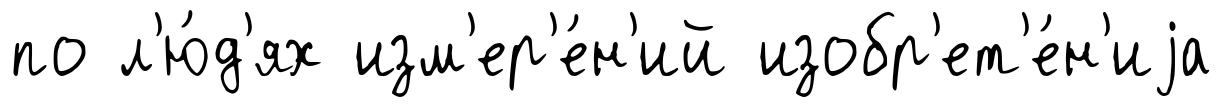
по л'ю́д'ях изм'ер'е́н'ий изобр'ет'е́н'иjа